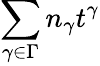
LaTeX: \sum_{\gamma\in\Gamma}n_{\gamma}t^{\gamma}